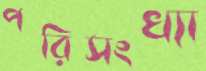
পরিসংখ্যা